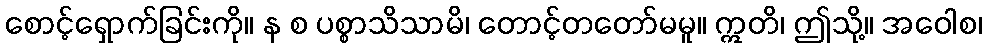
စောင့်ရှောက်ခြင်းကို။ န စ ပစ္စာသိသာမိ၊ တောင့်တတော်မမူ။ ဣတိ၊ ဤသို့။ အဝေါစ၊